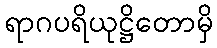
ရာဂပရိယုဋ္ဌိတောမှိ